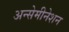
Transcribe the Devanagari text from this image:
अन्सेमीनेशन